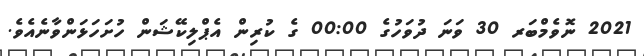
2021 ނޮވެމްބަރ 30 ވަނަ ދުވަހުގެ 00:00 ގެ ކުރިން އެޕްލިކޭޝަން ހުށަހަޅަންވާނެއެވެ.